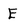
Character: E